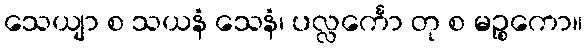
သေယျာ စ သယနံ သေနံ၊ ပလ္လင်္ကော တု စ မဉ္စကော။